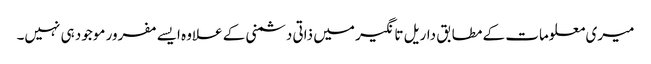
میری معلومات کے مطابق داریل تانگیر میں ذاتی دشمنی کے علاوہ ایسے مفرور موجود ہی نہیں۔